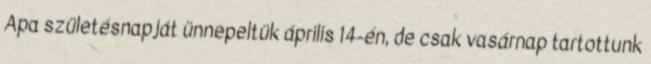
Apa születésnapját ünnepeltük április 14-én, de csak vasárnap tartottunk